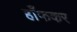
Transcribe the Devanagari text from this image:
हाँफकर